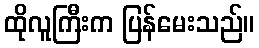
ထိုလူကြီးက ပြန်မေးသည်။